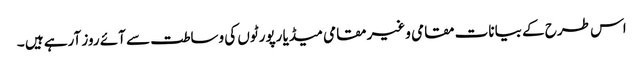
اس طرح کے بیانات مقامی وغیر مقامی میڈیا رپورٹوں کی وساطت سے آئے روز آرہے ہیں ۔